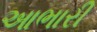
આભારી